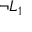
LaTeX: \neg L _ { 1 }